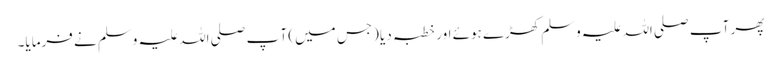
پھر آپ صلی اللہ علیہ وسلم کھڑے ہوئے اور خطبہ دیا (جس میں) آ پ صلی اللہ علیہ وسلم نے فرمایا۔